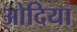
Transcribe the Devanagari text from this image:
ओदिया